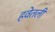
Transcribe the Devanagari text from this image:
हवेतली